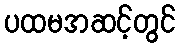
ပထမအဆင့်တွင်